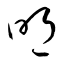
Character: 眀